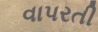
વાપરતી